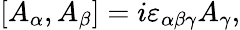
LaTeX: [A_{\alpha},A_{\beta}]=i\varepsilon_{\alpha\beta\gamma}A_{\gamma},